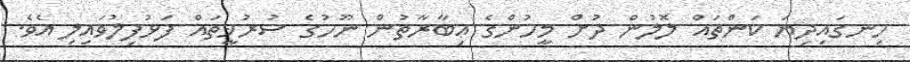
ހިނގައިދިޔަ ކަންތައް ލޮލުން ދުށް މީހުންގެ ޢިބާރާތުން ނޫހުގެ ސުރުޚީތައް ފަޅުފިލުވައިލި އެވެ.